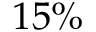
1 5 \%